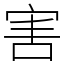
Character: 害